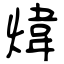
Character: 煒